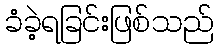
ခံခဲ့ရခြင်းဖြစ်သည်